Lunatic asylums Bombay report 1891-1903 - 1891-1903
Year: 1891
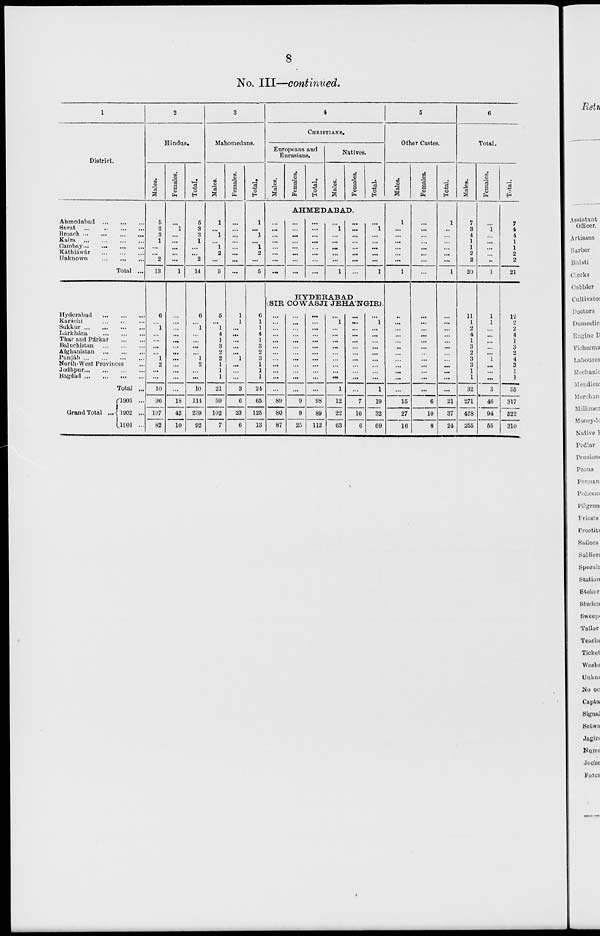
8
No. III—continued.
1
District.
Ahmedabad ... ... ...
Surat
...
...
...
...
Broach
...
...
...
...
Kaira ... ... ... ...
Cambay ... ... ... ...
Káthiáwár ... ... ...
Unknown
...
...
...
Total ...
Hyderabad ... ... ...
Karachi ... ... ...
Sukkur
...
...
...
Lárkhána
...
...
...
Thar and Párkar
...
...
Baluchistan
...
...
...
Afghanistan
...
...
...
Punjab
...
...
...
...
North-West Provinces ...
Jodhpur ... ... ... ...
Bagdad
...
...
...
...
Total ...
Grand Total ..
1903 ...
1902 ...
1901 ...
2
Hindus.
Males.
5
2
3
1
...
...
2
13
6
...
1
...
...
...
...
1
2
...
...
10
96
197
82
Females.
...
1
...
...
...
...
...
1
...
...
...
...
...
...
...
...
...
...
...
...
18
42
10
Total.
5
3
3
1
...
...
2
14
6
...
1
...
...
...
...
1
2
...
...
10
114
239
92
3
Mahomedans.
Males.
1
...
1
...
1
2
...
5
5
... 1
4
1
3
2
2
1
1
1
21
59
102
7
Females.
...
...
...
...
...
...
...
...
1
1
...
...
...
...
...
1
...
...
...
3
6
23
6
Total.
1
...
1
...
1
2
...
5
6
1
1
4
1
3
2
3
1
1
1
24
65
125
13
4
CHRISTIANS.
Europeans and
Eurasians.
Males.
Females.
Total.
Natives.
Males.
Females.
Total.
AHMEDABAD.
...
...
...
...
...
...
...
...
...
...
...
...
...
...
...
...
...
...
...
...
...
...
...
...
1
...
...
...
...
...
1
...
...
...
...
...
...
...
...
...
1
...
...
...
...
...
1
HYDERABAD
(SIR COWASJI JEHA'NGIR).
...
...
...
...
...
...
...
...
...
...
...
...
89
80
87
...
...
...
...
...
...
...
...
...
...
...
...
9
9
25
...
...
...
...
...
...
...
...
...
...
...
...
98
89
112
...
1
...
...
...
...
...
...
...
...
...
1
12
22
63
...
...
...
...
...
...
...
...
...
...
...
...
7
10
6
...
1
...
...
...
...
...
...
...
...
...
1
19
32
69
5
Other Castes.
Males.
1
...
...
...
...
...
...
1
...
...
...
...
...
...
...
...
...
...
...
...
15
27
16
Females.
...
...
...
...
...
...
...
...
...
...
...
...
...
...
...
...
...
...
...
...
6
10
8
Total.
1
...
...
...
...
...
...
1
...
...
...
...
...
...
...
...
...
...
...
...
21
37
24
6
Total.
Males.
7
3
4
1
1
2
2
20
11
1
2
4
1
3
2
3
3
1
1
32
271
428
255
Females.
...
1
...
...
...
...
..
1
1
1
...
...
...
....
...
1
...
...
...
3
46
94
55
Total.
7
4
4
1
1
2
2
21
12
2
2
4
1
3
2
4
3
1
1
35
317
522
310